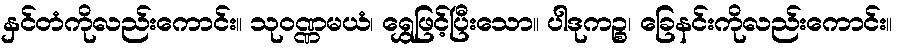
နှင်တံကိုလည်းကောင်း။ သုဝဏ္ဏမယံ၊ ရွှေဖြင့်ပြီးသော။ ပါဒုကဉ္စ၊ ခြေနင်းကိုလည်းကောင်း။